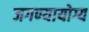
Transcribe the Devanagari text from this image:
जगण्यायोग्य